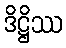
ဒိဋ္ဌိဿ